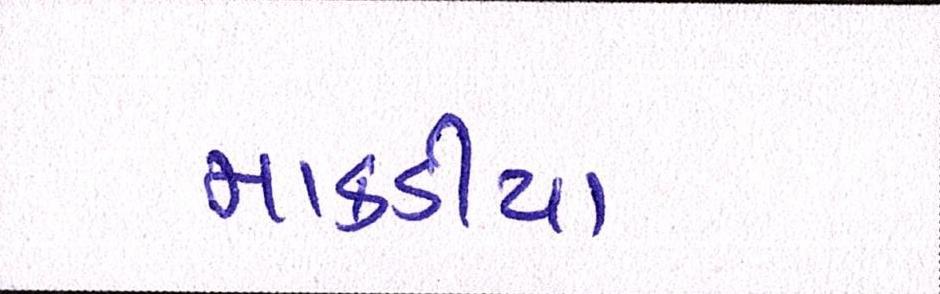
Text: માકડીયા